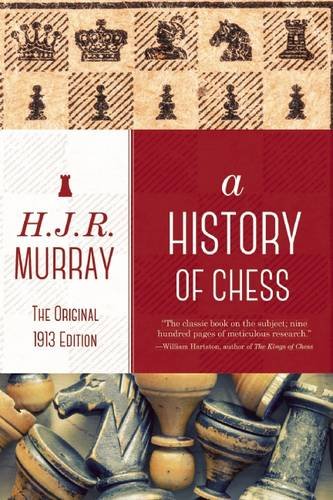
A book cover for A History of Chess: The Original 1913 Edition; H.J.R. Murray; Humor & Entertainment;